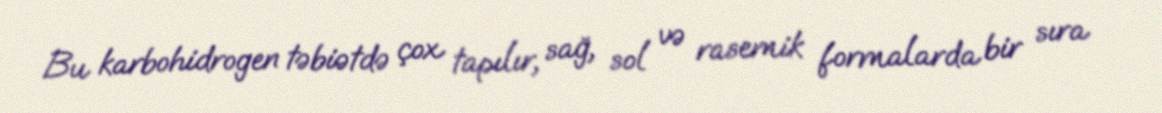
Bu karbohidrogen təbiətdə çox tapılır, sağ, sol və rasemik formalarda bir sıra